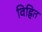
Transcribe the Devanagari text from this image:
विह्नित